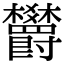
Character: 欝